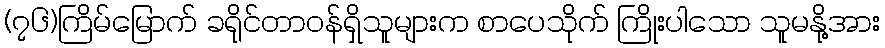
(၇၆)ကြိမ်မြောက် ခရိုင်တာဝန်ရှိသူများက စာပေသိုက် ကြိုးပါသော သူမနို့အား